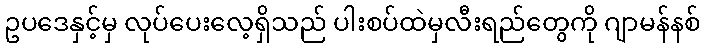
ဥပဒေနှင့်မှ လုပ်ပေးလေ့ရှိသည် ပါးစပ်ထဲမှလီးရည်တွေကို ဂျာမန်နစ်